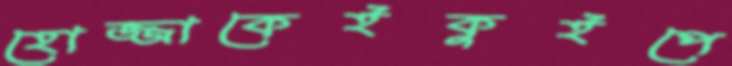
হোজ্জাকেইকুইপে